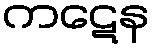
ကဋေန